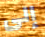
إلى